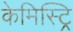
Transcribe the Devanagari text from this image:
केमिस्ट्रि